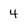
Character: 4